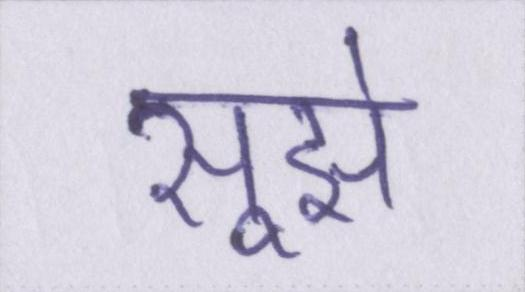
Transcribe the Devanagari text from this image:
सूझे